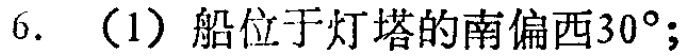
6. （1）船位于灯塔的南偏西\(30^{\circ}\)；